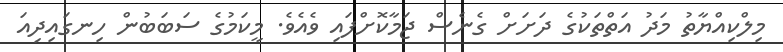
މިލްކިއްޔާތު މަދު އަތްތަކުގެ ދަށަށް ގެނެސް ޖަމާކޮށްފައި ވެއެވެ. މީކަމުގެ ސަބަބުން ހިނގައިދިއަ